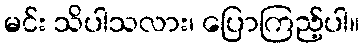
မင်း သိပါသလား၊ ပြောကြည့်ပါ။